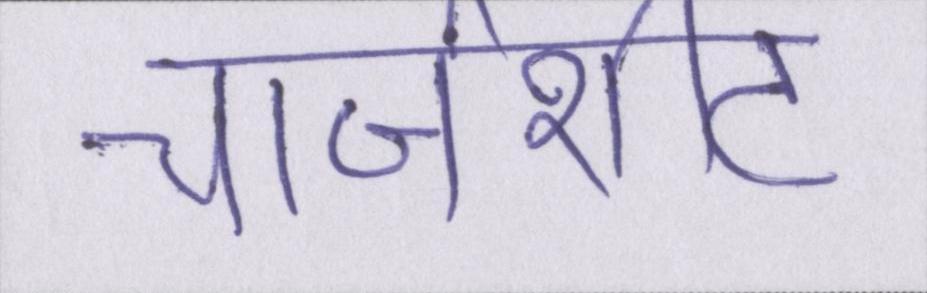
चार्जशीट